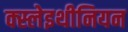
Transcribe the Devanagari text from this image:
क्स्लेइथीनियन